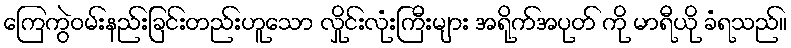
ကြေကွဲဝမ်းနည်းခြင်းတည်းဟူသော လှိုင်းလုံးကြီးများ အရိုက်အပုတ် ကို မာရီယို ခံရသည်။